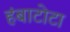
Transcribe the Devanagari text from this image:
हंबाटोटा